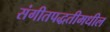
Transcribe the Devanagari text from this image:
संगीतपद्धतीमधील